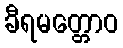
ခီရမတ္တောဝ